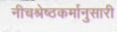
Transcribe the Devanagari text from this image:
नीचश्रेष्ठकर्मानुसारी